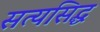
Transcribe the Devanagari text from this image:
सत्यसिद्ध